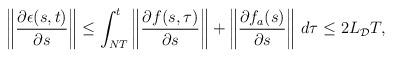
LaTeX: \begin{align*}\begin{aligned}\left\|\dfrac{\partial \epsilon(s,t)}{\partial s}\right\| \le \int_{NT}^t \left\|\dfrac{\partial f(s,\tau)}{\partial s}\right\|+\left\|\dfrac{\partial f_a(s)}{\partial s}\right\| \,d\tau \le 2 L_\mathcal{D} T,\end{aligned}\end{align*}